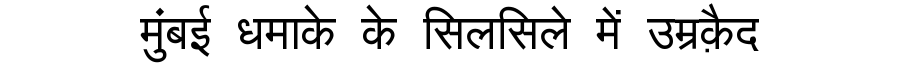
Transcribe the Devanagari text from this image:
मुंबई धमाके के सिलसिले में उम्रक़ैद